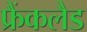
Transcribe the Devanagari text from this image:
फ्रैंकलैड